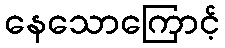
နေသောကြောင့်